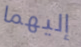
إليهما